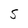
Character: S